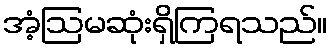
အံ့ဩမဆုံးရှိကြရသည်။